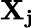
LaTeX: \mathbf{X_{j}}